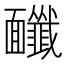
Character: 𩉔